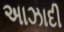
અાઝાદી